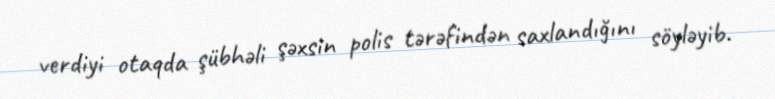
verdiyi otaqda şübhəli şəxsin polis tərəfindən saxlandığını söyləyib.